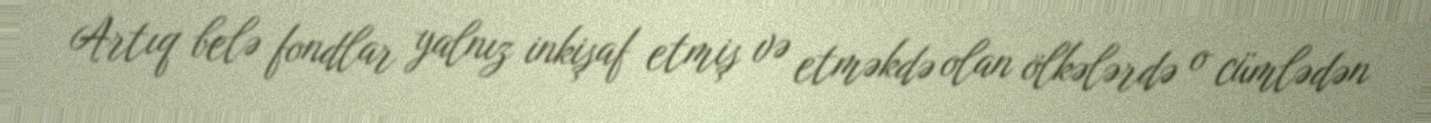
Artıq belə fondlar yalnız inkişaf etmiş və etməkdə olan ölkələrdə o cümlədən